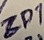
Text: ZD1